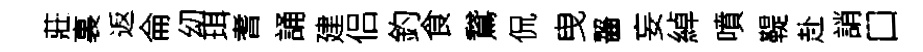
莊裏返侖㓜珥耆誦建侣釣食鵞侃曳齧妄綽噴鞮赴誚口